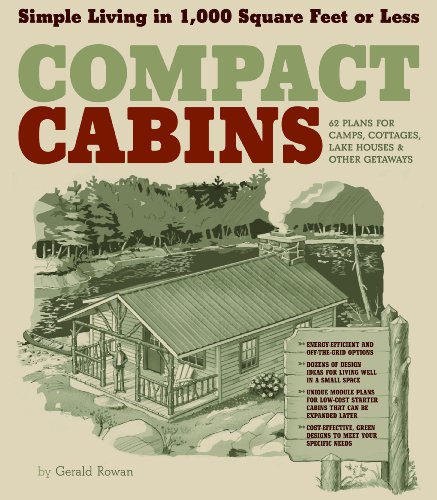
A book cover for Compact Cabins: Simple Living in 1000 Square Feet or Less; Gerald Rowan; Engineering & Transportation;